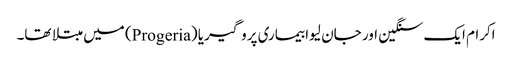
اکرام ایک سنگین اور جان لیوا بیماری پروگیریا (Progeria) میں مبتلا تھا۔